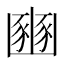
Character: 豳